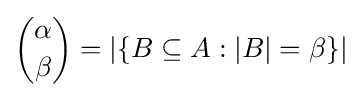
{\alpha  \choose \beta }=\left|\left\{B\subseteq A:\left|B\right|=\beta \right\}\right|